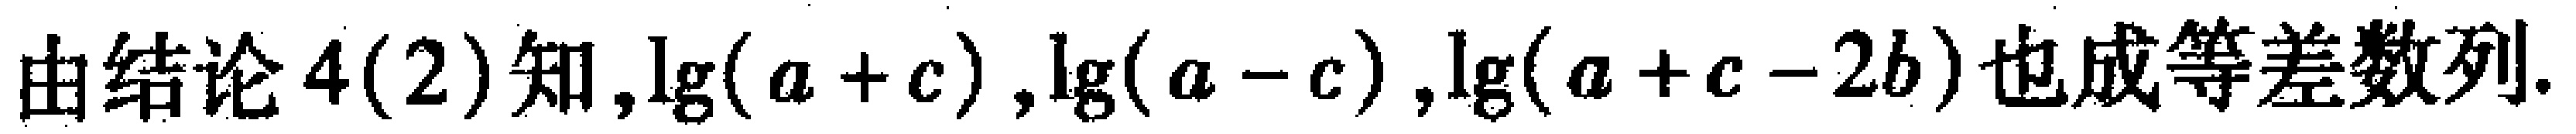
由结论4(2)知,$\lg(a + c),\lg(a - c),\lg(a + c - 2b)$也成等差数列.